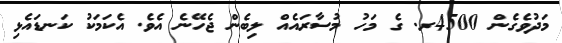
މަދުވެގެން 4500ރ. ގެ މަހު މުސާރައެއް ލިބެން ޖެހޭނެ އެވެ. އެކަމަކު ކަނޑައެޅި